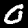
Digit: 0